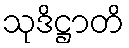
သုဒိဋ္ဌာတိ